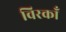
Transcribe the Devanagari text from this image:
विरकाँ